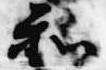
和